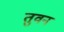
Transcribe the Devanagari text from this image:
तुवन